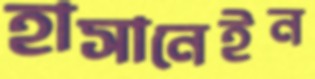
হাসানেইন